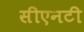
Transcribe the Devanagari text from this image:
सीएनटी